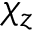
\chi _ { z }